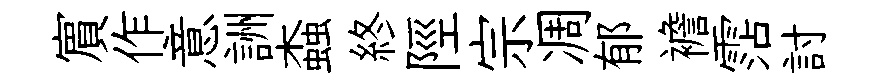
賔作意詶螙終陘宗凋郁襜霑討